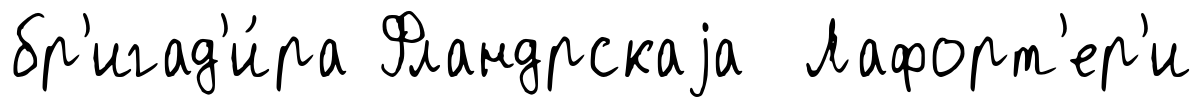
бр'игад'и́ра Фландрскаjа Лафорт'ер'и